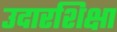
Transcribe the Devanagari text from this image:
उदारशिक्षा